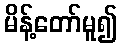
မိန့်တော်မူ၍